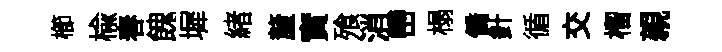
櫛楡春餽墀緖釐實飱消巒榻僑針循交榴親